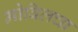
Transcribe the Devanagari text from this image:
मोबिलचा